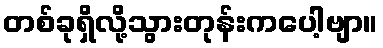
တစ်ခုရှိလို့သွားတုန်းကပေါ့ဗျာ။